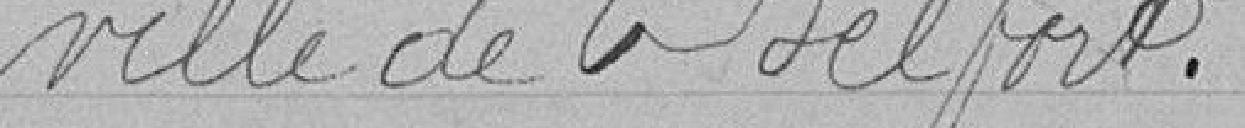
ville de Belfort.